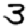
Digit: 3